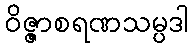
ဝိဇ္ဇာစရဏသမ္ပဒါ